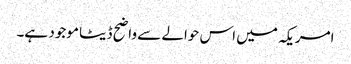
امریکہ میں اس حوالے سے واضح ڈیٹا موجود ہے۔